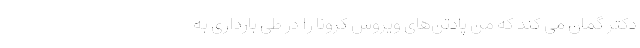
دکتر گمان می کند که من پادتن‌های ویروس کرونا را در طی بارداری‌ به